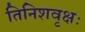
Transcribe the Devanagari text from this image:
तिनिशवृक्षः